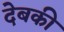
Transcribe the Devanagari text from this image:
देबकी